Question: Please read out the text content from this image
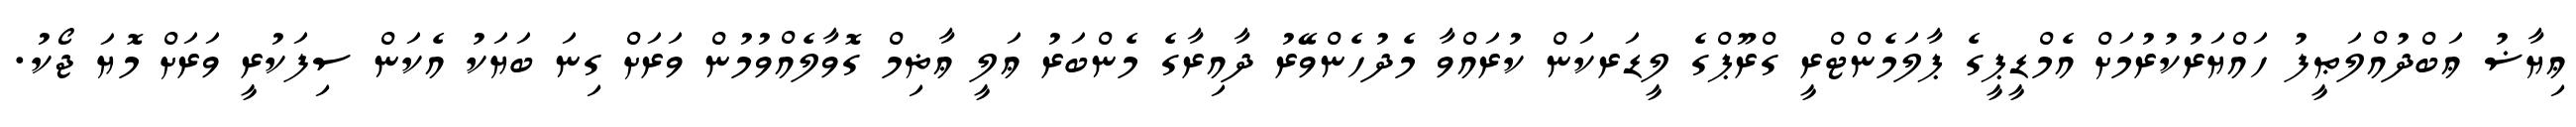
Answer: ޢިޔާޟު ޢަބްދުއްލަޠީފު ހައްޔަރުކުރުމަށް އެމްޑީޕީގެ ޕާލަމެންޓްރީ ގްރޫޕްގެ ލީޑަރކަން ކުރައްވާ މެދުހެންވޭރު ދާއިރާގެ މެންބަރު ޢަލީ ޢާޡިމް ގޮވާލެއްވުމުން ވަރަށް ގިނަ ބަޔަކު އެކަން ސިފަކުރީ ވަރަށް މޮޔަ ޖޯކު.